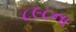
૮૯૮ના